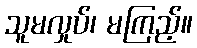
သူမလှုပ်၊ မကြည့်။